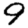
Digit: 9